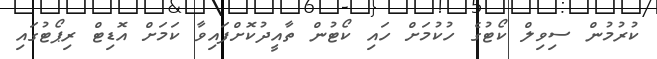
ކުރުމުން ސިވިލް ކޯޓުގެ ހުކުމަށް ހައި ކޯޓުން ތާއީދުކޮށްފައިވާ ކަަމަށް އޮޑިޓް ރިޕޯޓުގައި